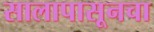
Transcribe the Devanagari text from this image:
सालापासूनचा